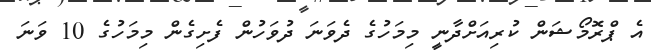
އެ ޕްރޮމޯޝަން ކުރިއަށްދާނީ މިމަހުގެ ދެވަނަ ދުވަހުން ފެށިގެން މިމަހުގެ 10 ވަނަ